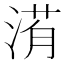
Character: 𣹀